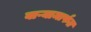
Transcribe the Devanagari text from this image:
वाऱ्यामार्फत